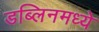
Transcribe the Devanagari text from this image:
डब्लिनमध्ये